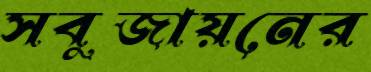
সবুজায়নের